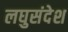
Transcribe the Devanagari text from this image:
लघुसंदेश